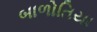
બાળોતિયા